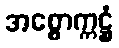
အစ္စောက္ကဋ္ဌံ